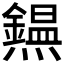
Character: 𤒸